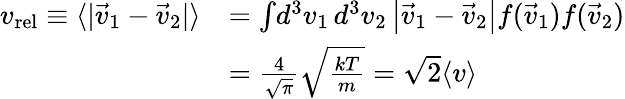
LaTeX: {\begin{array}{rl}{v_{\mathrm{{rel}}}\equiv\langle|{\vec{v}}_{1}-{\vec{v}}_{2}|\rangle}&{=\int\! d^{3}v_{1}\, d^{3}v_{2}\left|{\vec{v}}_{1}-{\vec{v}}_{2}\right|f({\vec{v}}_{1})f({\vec{v}}_{2})}\\ &{={\frac{4}{\sqrt{\pi}}}{\sqrt{\frac{kT}{m}}}={\sqrt{2}}\langle v\rangle}\end{array}}